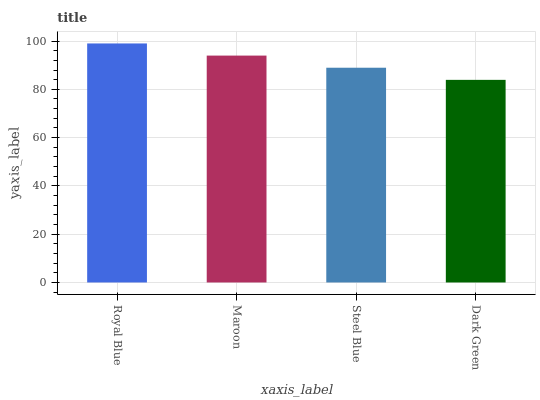
| xaxis_label | bars |
 | --- | --- |
 | Royal Blue | 99 |
 | Maroon | 94 |
 | Steel Blue | 88.9 |
 | Dark Green | 83.9 |